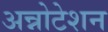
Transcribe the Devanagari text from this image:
अन्नोटेशन